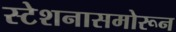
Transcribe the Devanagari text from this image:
स्टेशनासमोरून